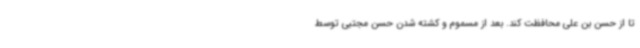
تا از حسن بن علی محافظت کند. بعد از مسموم و کشته شدن حسن مجتبی توسط